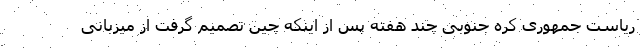
ریاست جمهوری کره جنوبی چند هفته پس از اینکه چین تصمیم گرفت از میزبانی